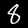
Digit: 8